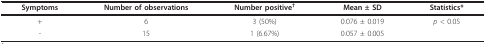
<table><thead><tr><td><b>Symptoms</b></td><td><b>Number of observations</b></td><td><b>Number positive<sup>†</sup></b></td><td><b>Mean ± SD</b></td><td><b>Statistics*</b></td></tr></thead><tbody><tr><td>+</td><td>6</td><td>3 (50%)</td><td>0.076 ± 0.019</td><td><i>p </i>&lt; 0.05</td></tr><tr><td>-</td><td>15</td><td>1 (6.67%)</td><td>0.057 ± 0.005</td><td></td></tr></tbody></table>